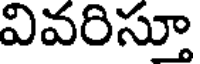
వివరిస్తూ